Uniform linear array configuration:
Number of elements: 64
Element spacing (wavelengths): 0.25
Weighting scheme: cosine
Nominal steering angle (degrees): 60
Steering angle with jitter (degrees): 60.131
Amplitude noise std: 0.05
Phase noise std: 0.05

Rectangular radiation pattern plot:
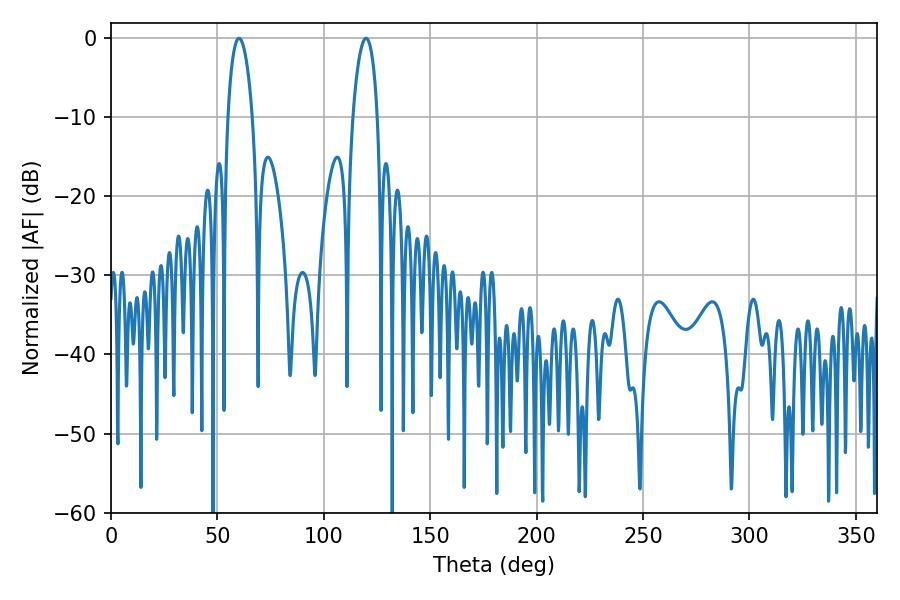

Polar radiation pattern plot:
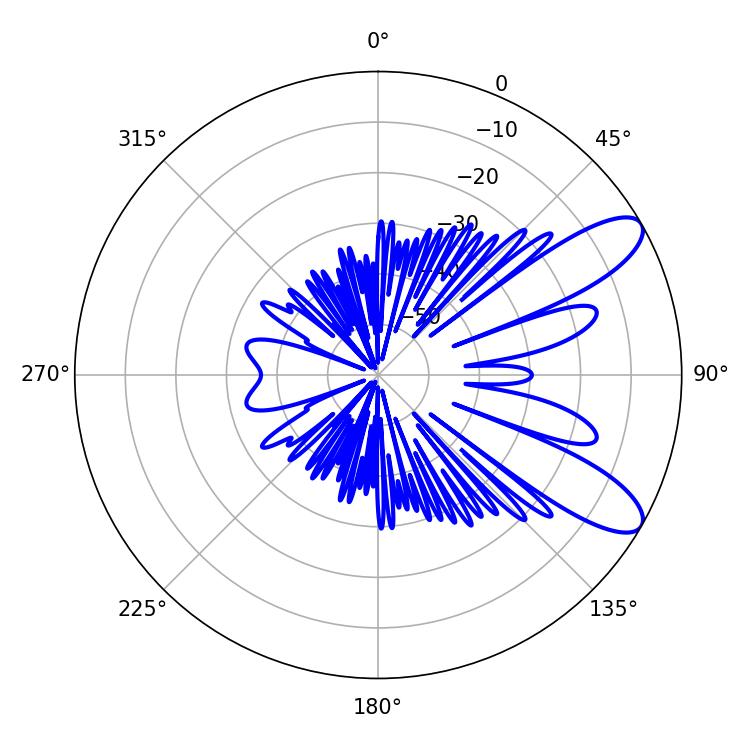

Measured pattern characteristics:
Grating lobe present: FALSE
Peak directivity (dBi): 9.601
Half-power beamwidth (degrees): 6.48
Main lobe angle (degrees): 60.12